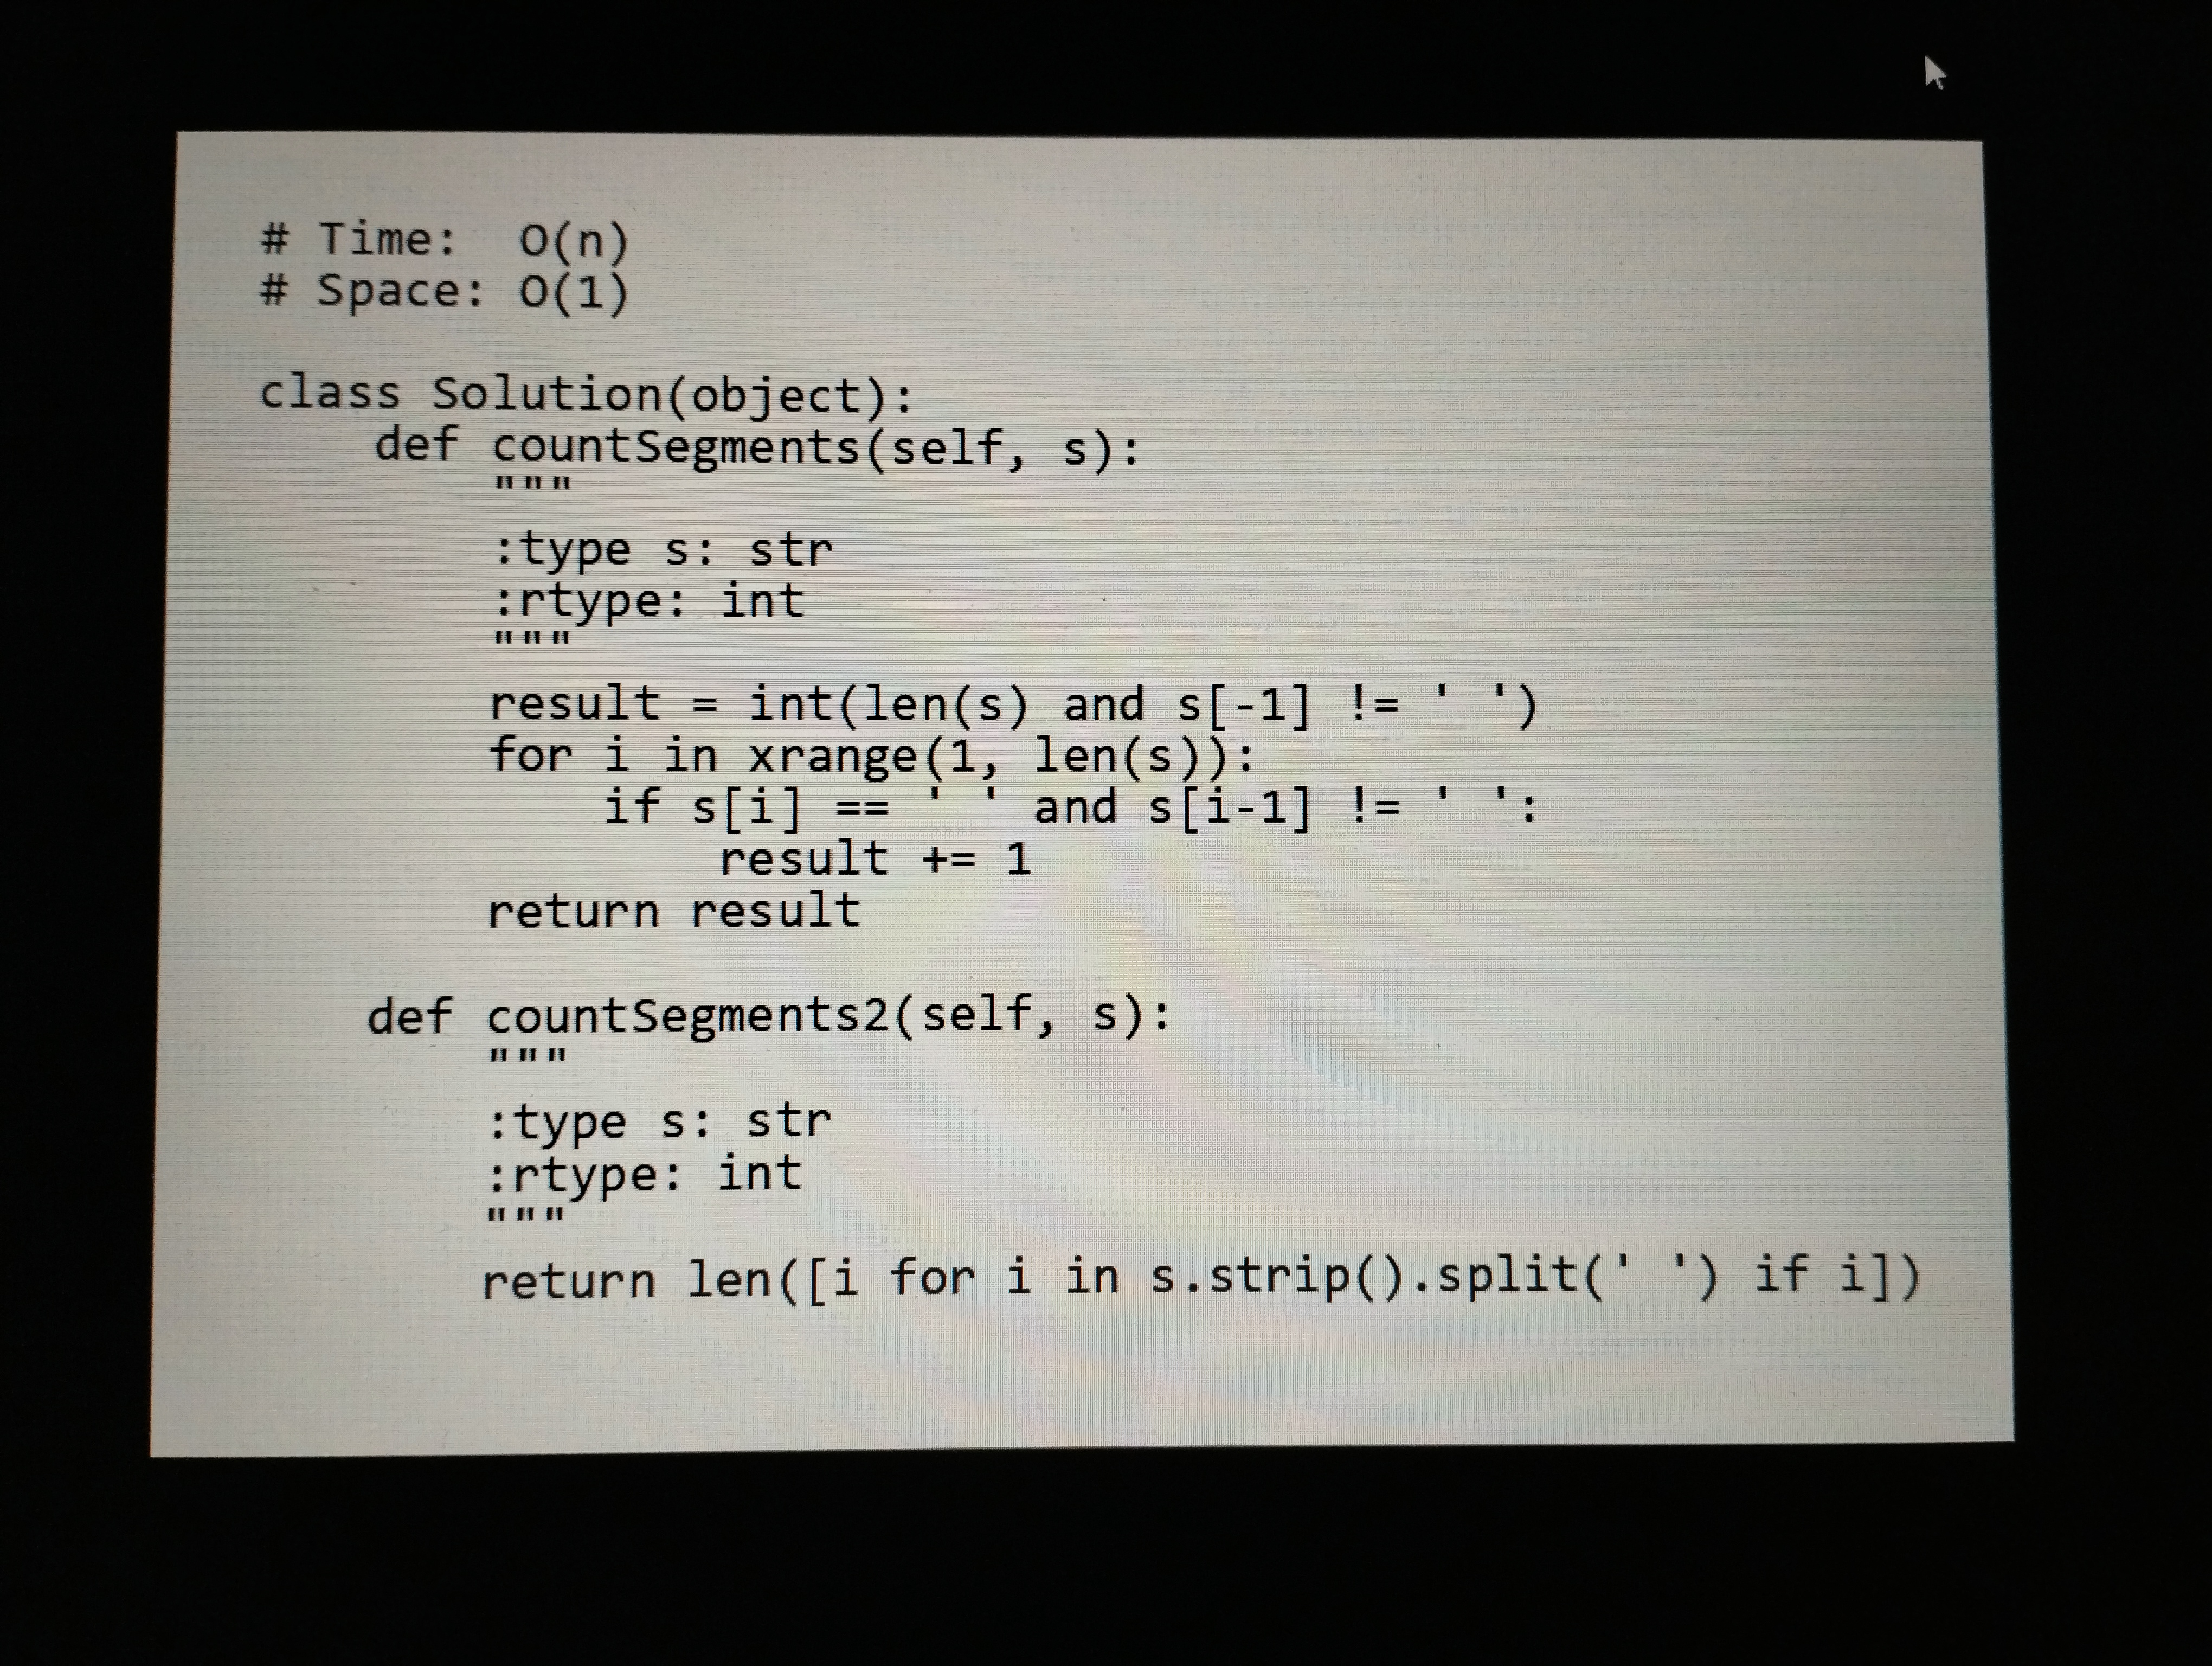
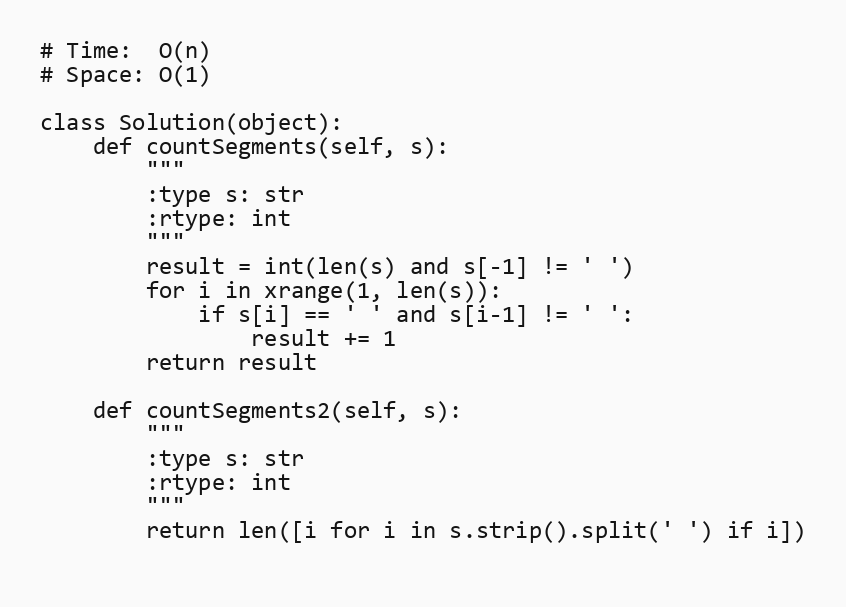
# Time:  O(n)
# Space: O(1)

class Solution(object):
    def countSegments(self, s):
        """
        :type s: str
        :rtype: int
        """
        result = int(len(s) and s[-1] != ' ')
        for i in xrange(1, len(s)):
            if s[i] == ' ' and s[i-1] != ' ':
                result += 1
        return result

    def countSegments2(self, s):
        """
        :type s: str
        :rtype: int
        """
        return len([i for i in s.strip().split(' ') if i])